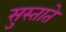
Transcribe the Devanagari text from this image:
सुस्ताते